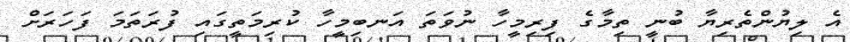
އެ ލިޔުންތެރިޔާ ބުނީ ތިމާގެ ފިރިމީހާ ނުވަތަ އަނބިމީހާ ކުރިމަތީގައި ފުރަތަމަ ފަހަރަށް